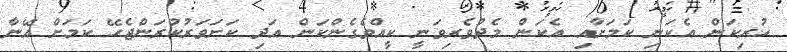
ހުރިކަން އެކަނި ކަމަށާއި އެކަން މެދުވެރިވަނީ ކީއްވެގެންކަން އަދި ކަށަވަރުކުރަންޖެހޭ ކަމަށް އޭނާ